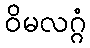
ဝိမလဂ္ဂံ